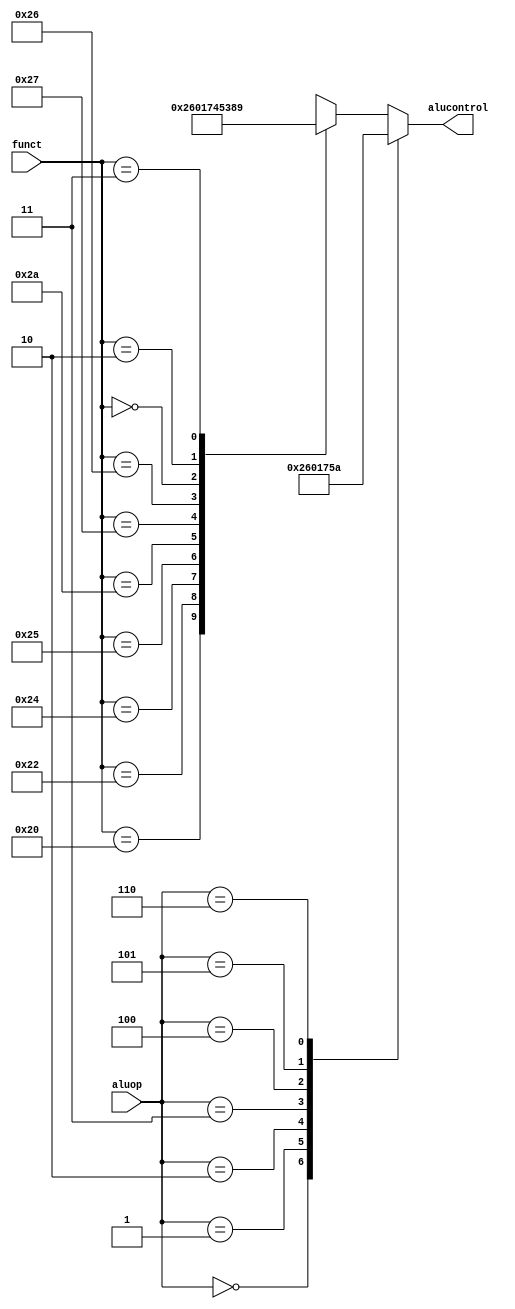
`timescale 1ns / 1ps
//////////////////////////////////////////////////////////////////////////////////
// Company: 
// Engineer: 
// 
// Design Name: 
// Module Name: alu_decoder
// Project Name: 
// Target Devices: 
// Tool Versions: 
// Description: 
// 
// Dependencies: 
// 
// Revision:
// Revision 0.01 - File Created
// Additional Comments:
// 
//////////////////////////////////////////////////////////////////////////////////


module alu_decoder(
    input [5:0] funct,
    input [2:0] aluop,
    output reg [3:0] alucontrol
    );
    //alucontrol: [2:0]->[3:0]
    
    always@(*)
    case(aluop)//aluop [1:0] -> [2:0]
    3'b000:alucontrol<=4'b0010;//add (for lw/sw/addi/j)
    3'b001:alucontrol<=4'b0110;//sub (for beq/bne)
    //add aluop
    3'b010:alucontrol<=4'b0000;//and (for andi)
    3'b011:alucontrol<=4'b0001;//or (for ori)
    3'b100:alucontrol<=4'b0111;//slt (for slti)
    3'b101:alucontrol<=4'b0101;//xor (for xori)
    3'b110:alucontrol<=4'b1010;//lui
    default://R-type
        case(funct)
        6'b100000:alucontrol<=4'b0010;//ADD
        6'b100010:alucontrol<=4'b0110;//SUB
        6'b100100:alucontrol<=4'b0000;//AND
        6'b100101:alucontrol<=4'b0001;//OR
        6'b101010:alucontrol<=4'b0111;//SLT
        6'b100111:alucontrol<=4'b0100;//NOR
        6'b100110:alucontrol<=4'b0101;//XOR
        6'b000000:alucontrol<=4'b0011;//SLL
        6'b000010:alucontrol<=4'b1000;//SRL
        6'b000011:alucontrol<=4'b1001;//SRA
        default:alucontrol<=4'bxxxx;//???
        endcase
    endcase
            
endmodule